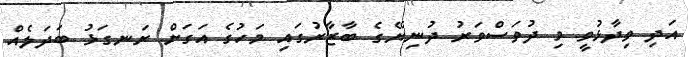
އަދި ވިދާޅުވީ މި ދުވަސްވަރު ދުނިޔޭގެ ބާޒާރުގައި މަހުގެ އަގަށް ރަނގަޅު ބަދަލެއް